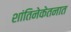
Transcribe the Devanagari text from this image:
शांतिनेकेतनात